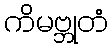
ကိမဗ္ဘုတံ